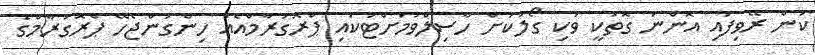
ކަން ރޭވިފައި އޮންނަ ގޮތަކީ ވަކި ގޯލަކަށް ހާސިލްވުމަށްޓަކައި ޕްރޮގުރާމްއެއް ހިންގަންޖެހޭ ޕްރޮގުރާމްގެ